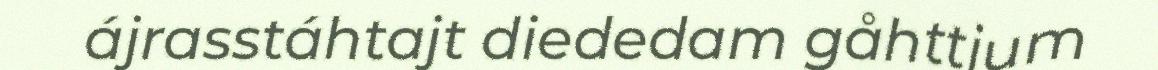
ájrasstáhtajt diededam gåhttjum